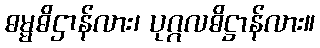
ဓမ္မဓိဌာန်လား၊ ပုဂ္ဂလဓိဋ္ဌာန်လား။